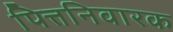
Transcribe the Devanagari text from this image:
पित्तनिवारक